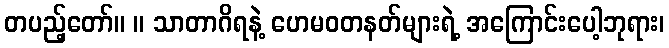
တပည့်တော်။ ။ သာတာဂိရနဲ့ ဟေမဝတနတ်များရဲ့ အကြောင်းပေါ့ဘုရား၊